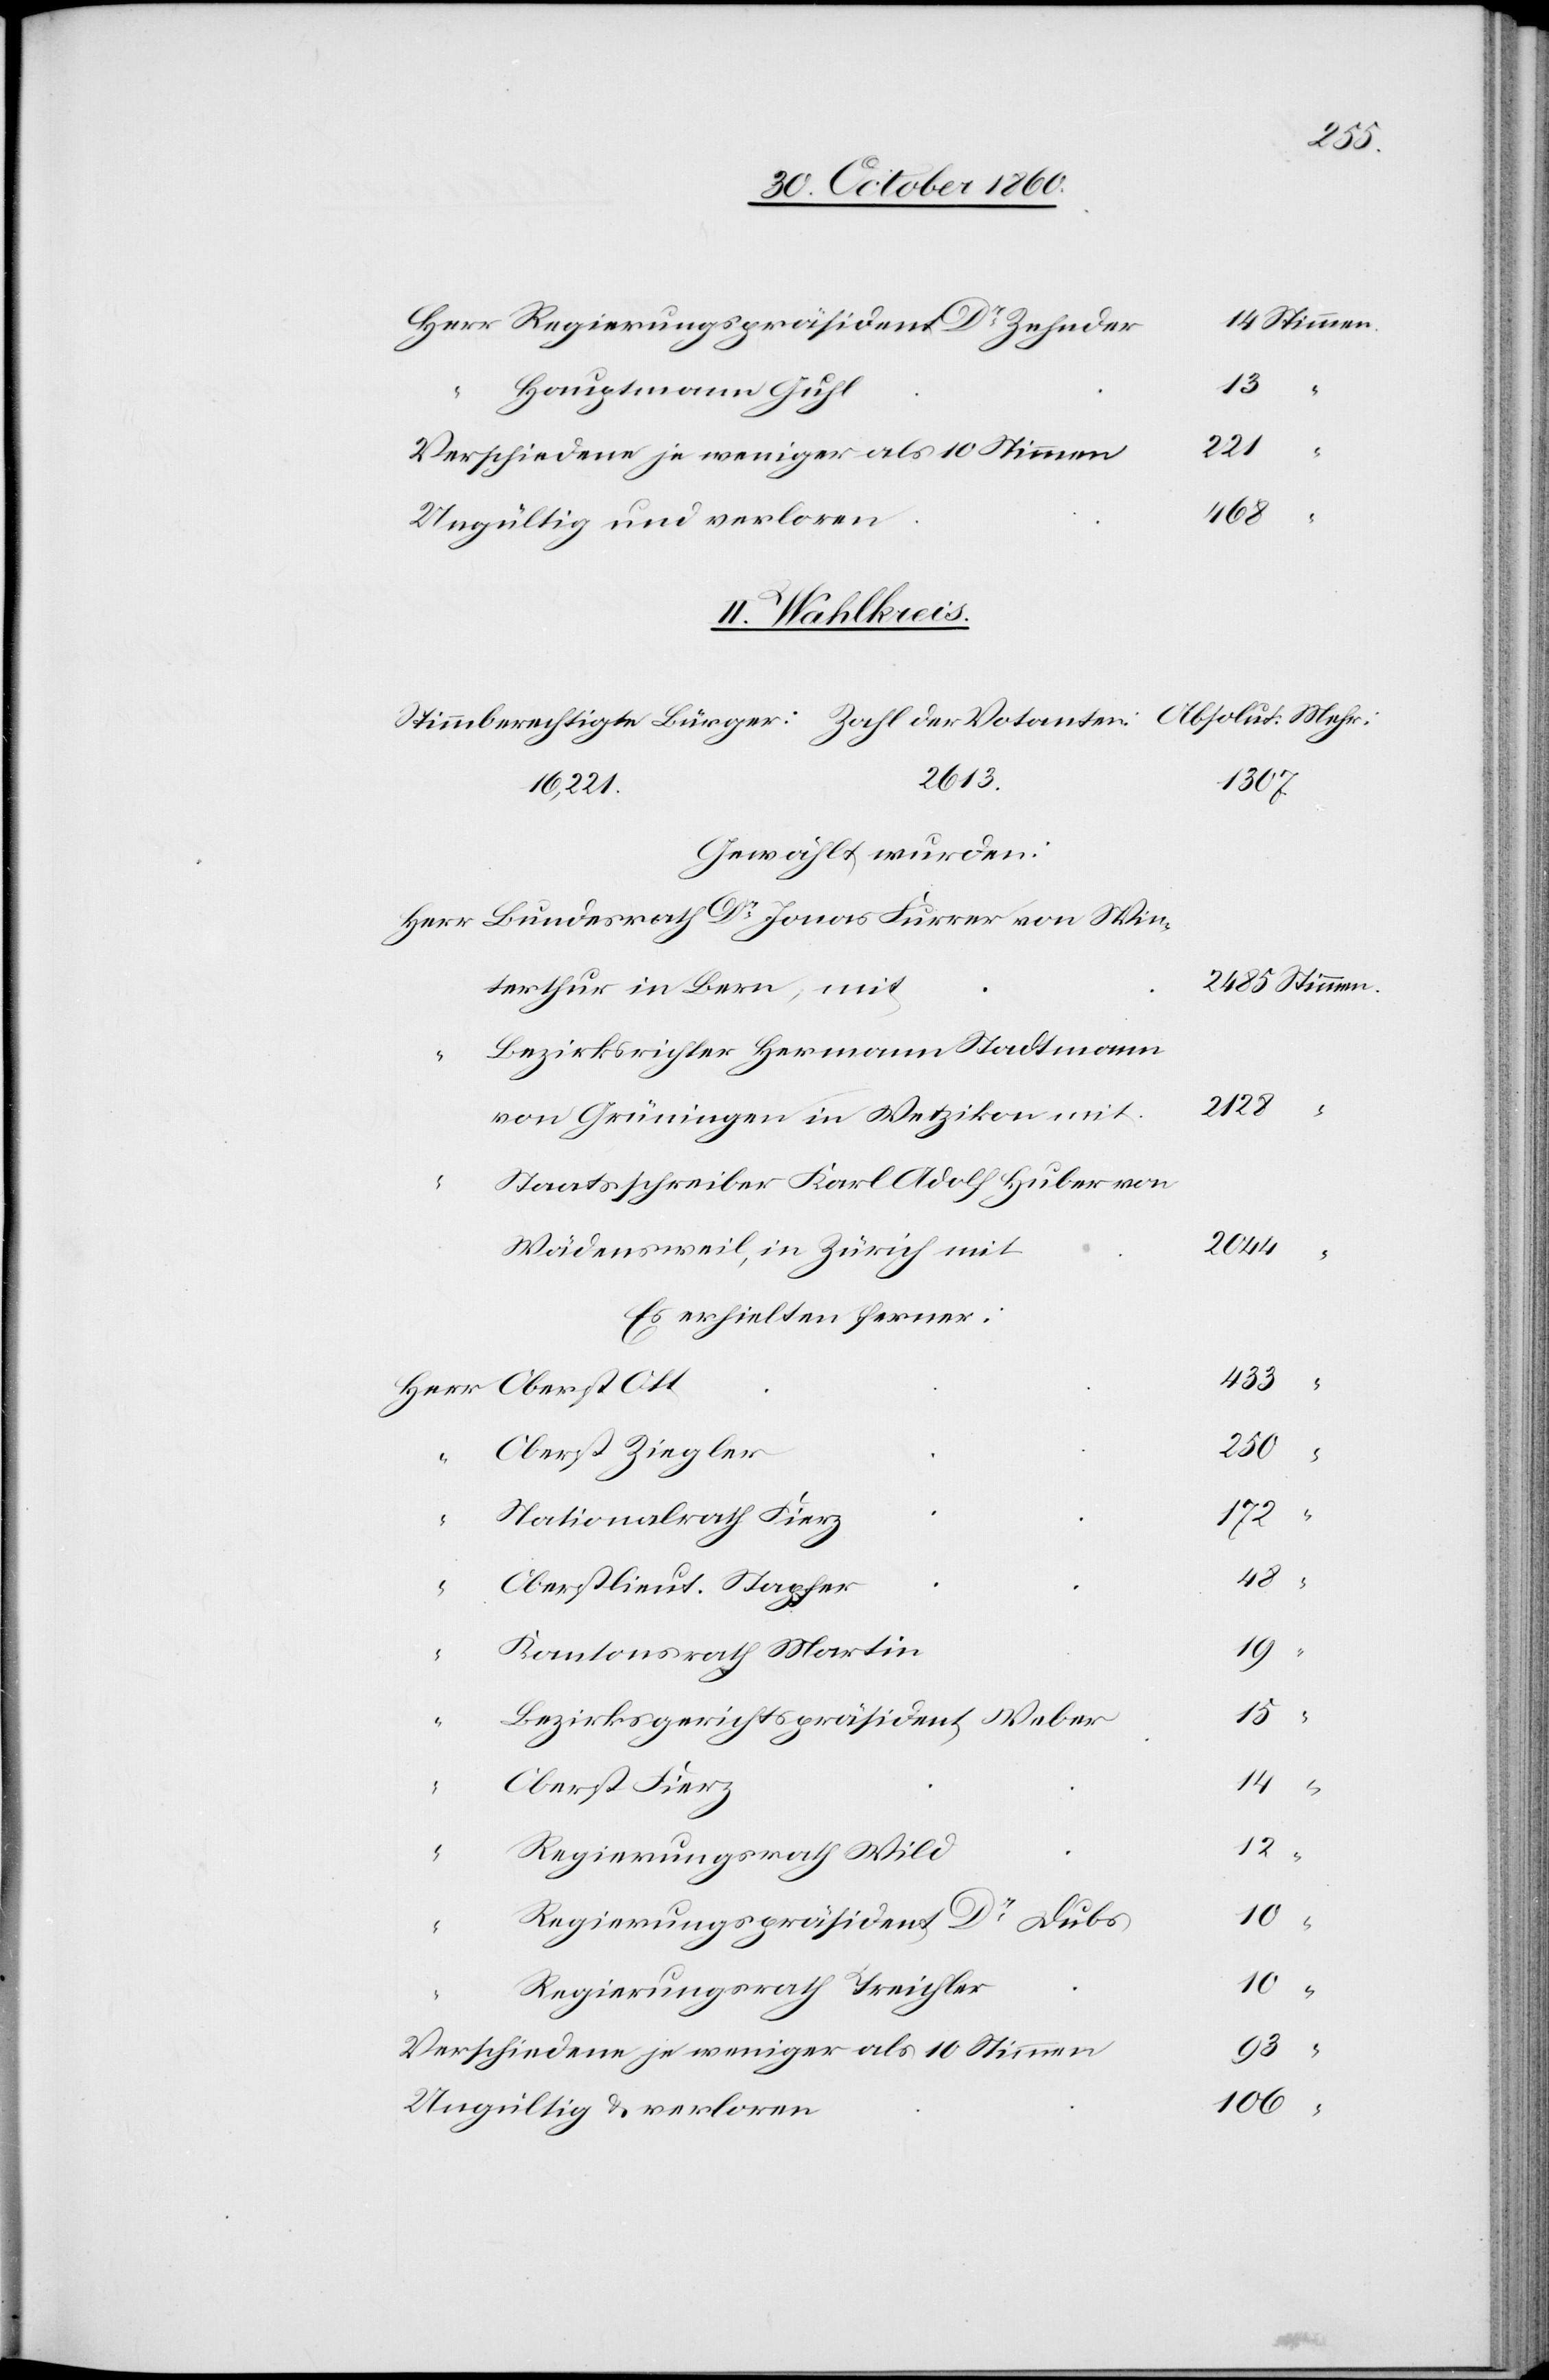
Herr
13
Hauptmann Guhl
221
468
Ungültig und verloren
II. Wahlkreis.
2613.
1307.
16,221.
Gewählt wurden:
Bundesrath Dr Jonas Furrer von Win¬
terthur in Bern, mit
Bezirksrichter Hermann Stadtmann
2128
von Grüningen in Wetzikon mit
Staatsschreiber Karl Adolf Huber von
2044
Wädensweil, in Zürich mit
Es erhielten ferner:
433
250
Oberst Ziegler
Nationalrath Fierz
48
Oberstlieut. Stapfer
14
Kantonsrath Martin
19
Bezirksgerichtspräsident Weber
15
Oberst Fierz
“
Regierungsrath Wild
10
Regierungspräsident Dr Dubs
Regierungsrath Treichler
“
Verschiedene je weniger als 10 Stimmen
93
106